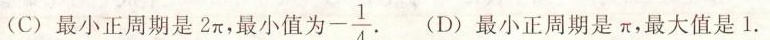
(C)最小正周期是2π，最小值是-\frac{1}{4}. (D)最小正周期是π，最大值是1.